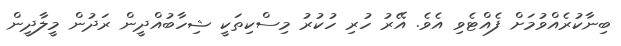
ބިނާކުރެއްވުމަށް ފެއްޓެވި އެވެ. އޭރު ހުރި ހުކުރު މިސްކިތަކީ ޝިހާބުއްދީން ރަދުން މީލާދީން